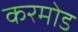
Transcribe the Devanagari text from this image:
करमोड